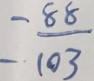
= \frac { 8 8 } { 1 0 3 }